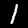
Digit: 1